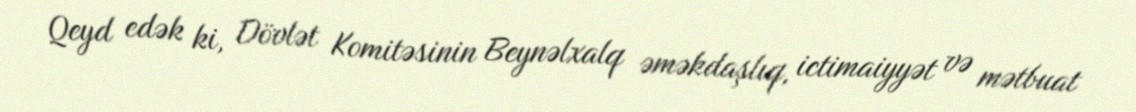
Qeyd edək ki, Dövlət Komitəsinin Beynəlxalq əməkdaşlıq, ictimaiyyət və mətbuat